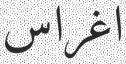
اغراس